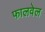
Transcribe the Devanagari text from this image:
फालवेल